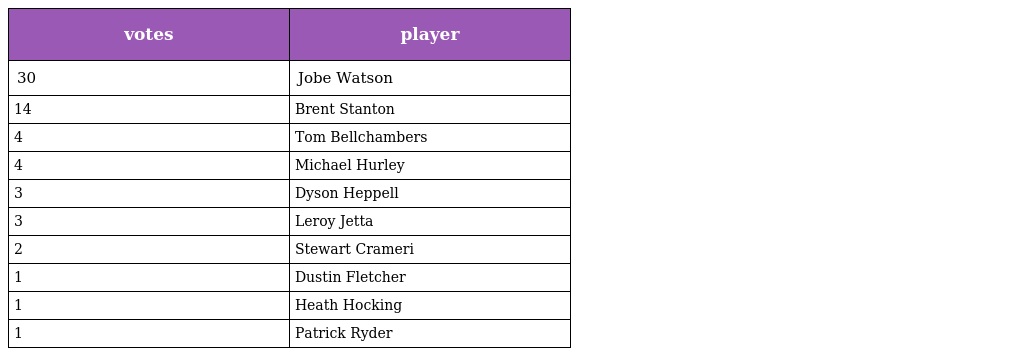
| votes | player |
 | --- | --- |
 | 30 | Jobe Watson |
 | 14 | Brent Stanton |
 | 4 | Tom Bellchambers |
 | 4 | Michael Hurley |
 | 3 | Dyson Heppell |
 | 3 | Leroy Jetta |
 | 2 | Stewart Crameri |
 | 1 | Dustin Fletcher |
 | 1 | Heath Hocking |
 | 1 | Patrick Ryder |